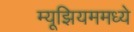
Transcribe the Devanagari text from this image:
म्यूझियममध्ये